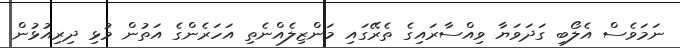
ނަމަވެސް އެލޯބި ގަދަވަޔާ ވިއްސާރައިގެ ތެރޭގައި މަންޒިލެއްނެތި އަހަރެންގެ އަތުން މުޅި ދިރިއުޅުން